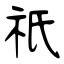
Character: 祇